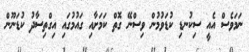
ނަމަވެސް އެއީ ސިކުނޑި ކުޑަވުމުން ވިސްނޭ ގޮތް ކަމަށާއި ގައުމުގައި އިގްތިސާދު ކުޑަނޫން